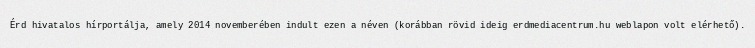
Érd hivatalos hírportálja, amely 2014 novemberében indult ezen a néven (korábban rövid ideig erdmediacentrum.hu weblapon volt elérhető).